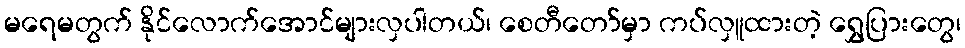
မရေမတွက် နိုင်လောက်အောင်များလှပါတယ်၊ စေတီတော်မှာ ကပ်လှူထားတဲ့ ရွှေပြားတွေ၊